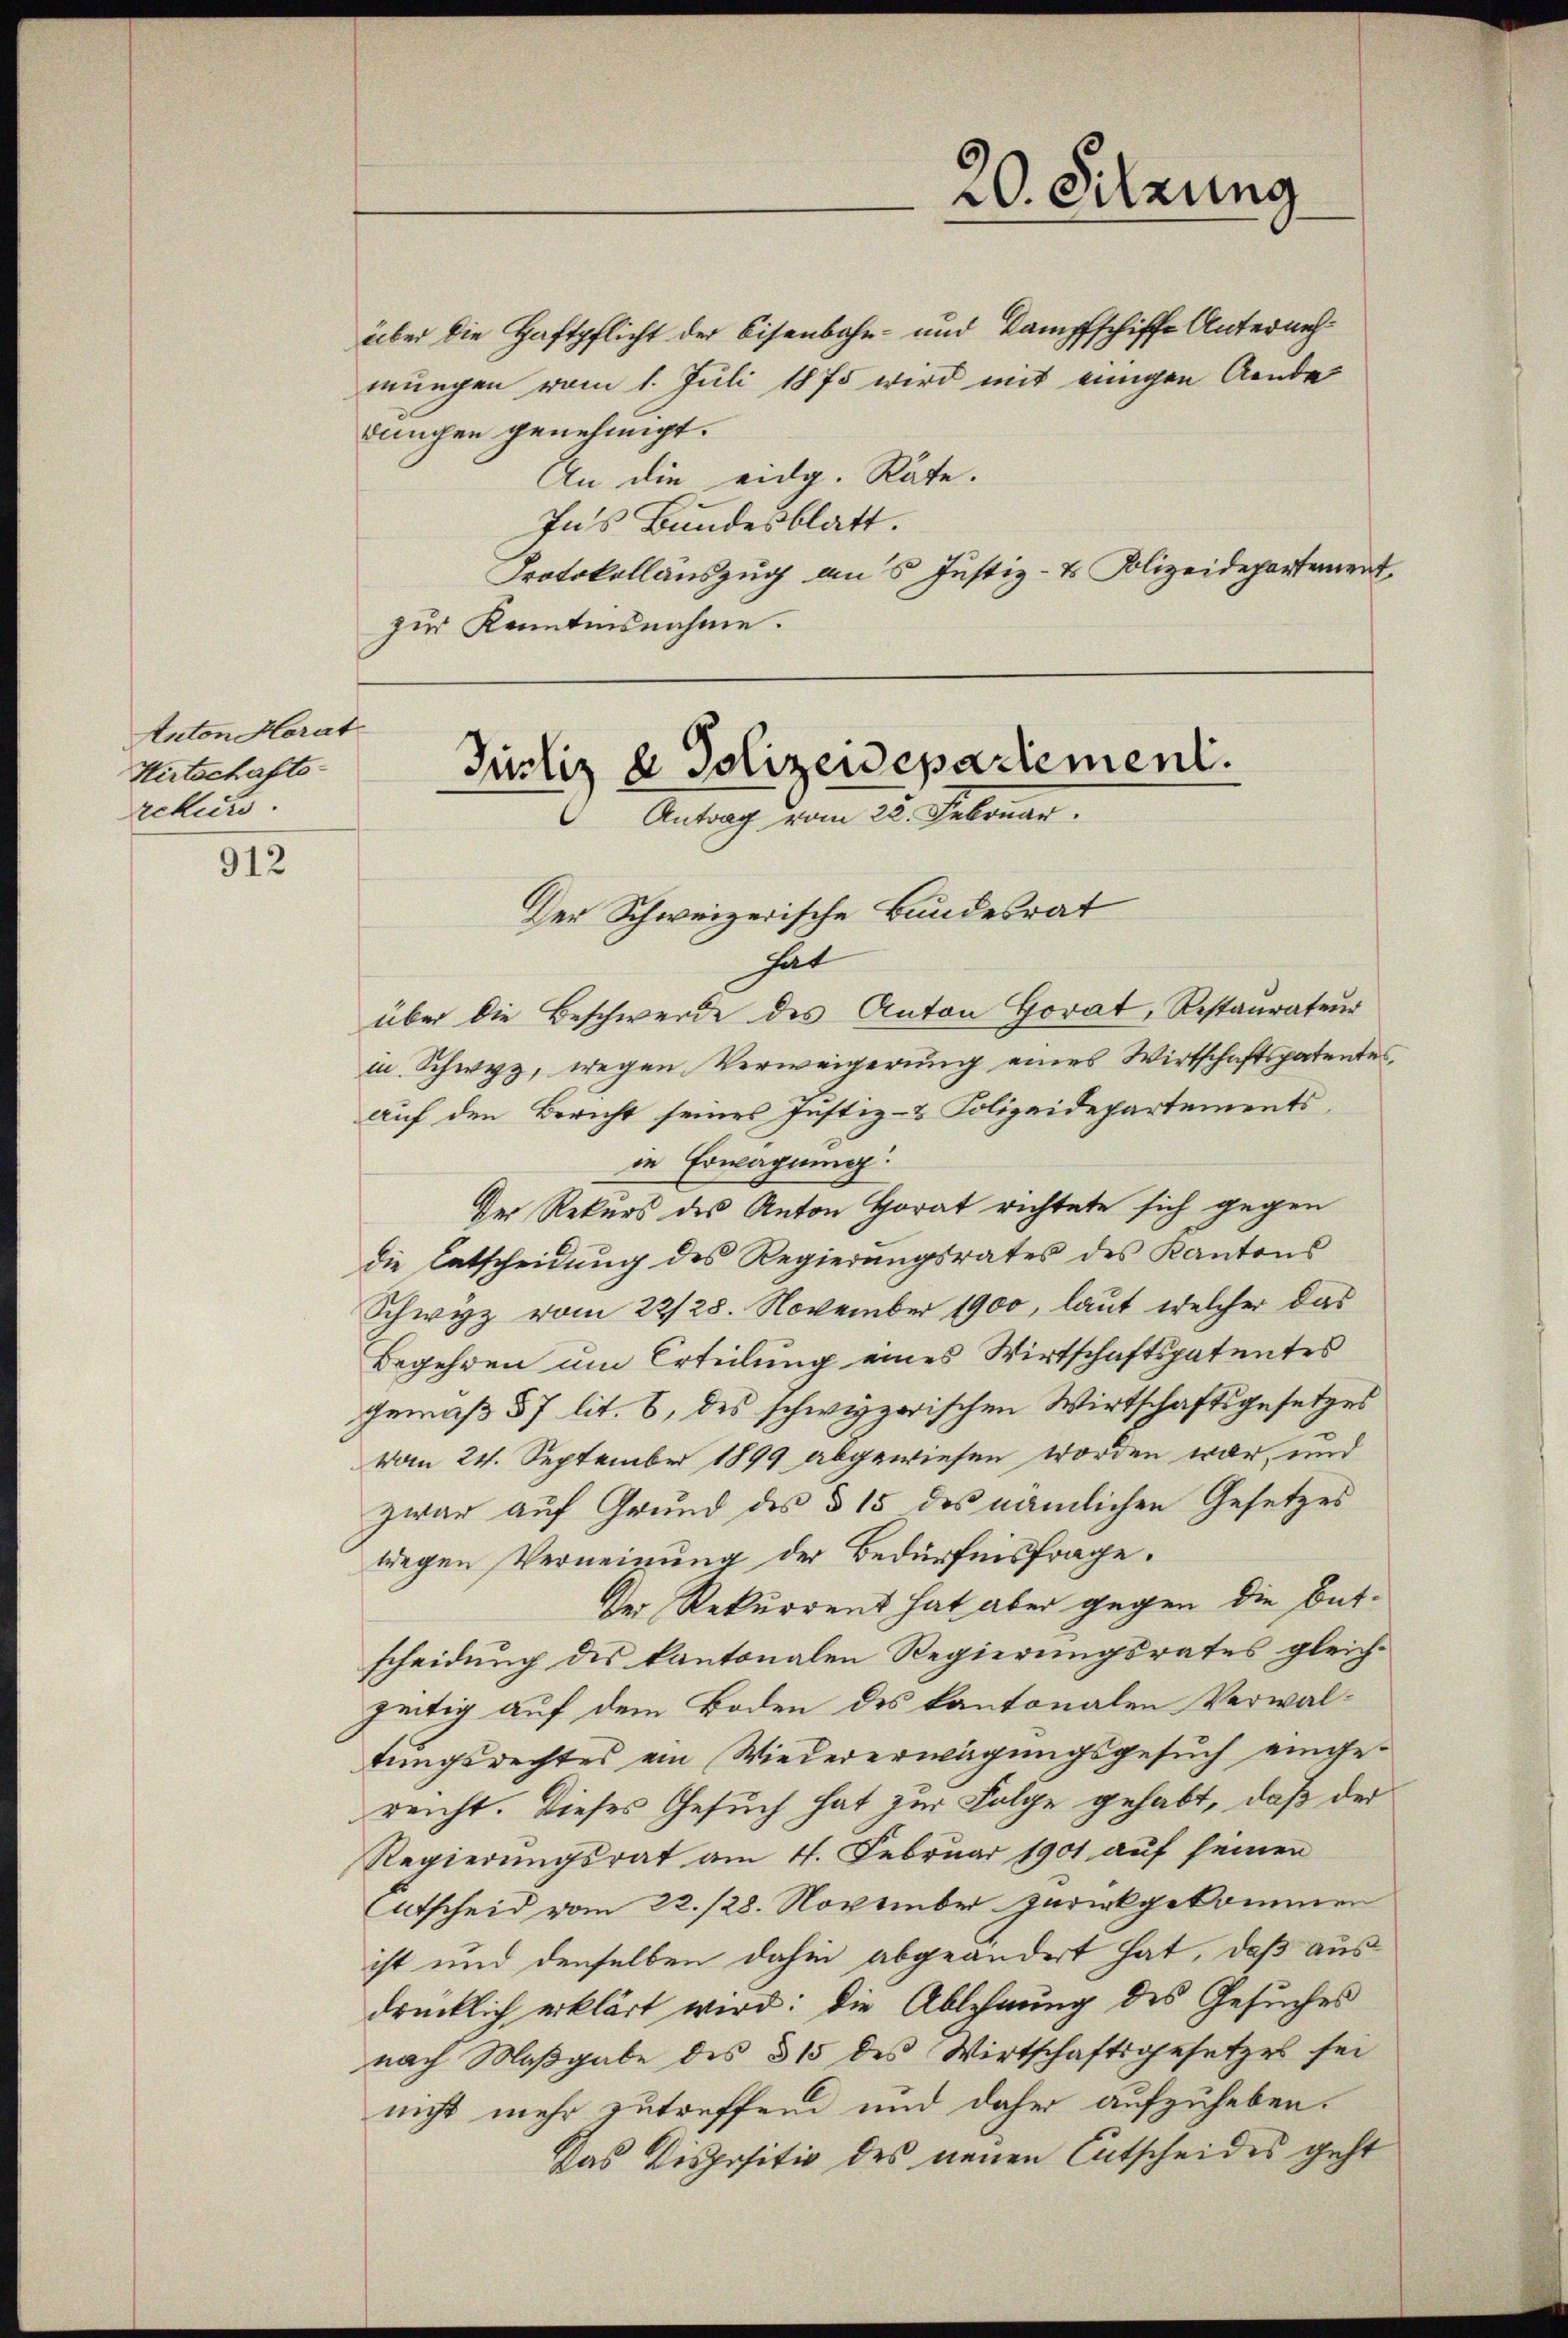
Anton Horat
Wirtschafts-
rekurs.

912

über die Haftpflicht der Eisenbahn- und Kampfschiffe Unternehmungen vom 1. Juli 1875 wird mit einigen Aende
dungen genehmigt.
An die eidg. Rate.
Ins Bundesblatt.
Protokollauszug aus Justiz- & Polizeidepartement
zur Kenntnisnahme.

20. Setzung

Justiz & Polizeidepartement.
Antrag vom 22. Februar.

Der Schweizerische Bundesrat
hat
über die Beschwerde des Anton Horat, Restaurateur
in Schwyz, wegen Verweigerung eines Wirtschaftspatentes,
auf den Bericht seines Justiz- & Polizeidepartements
in Erwägung:
Der Rekurs des Anton Horat richtete sich gegen
die Entscheidung des Regierungsrates des Kantons
Schwyz vom 22/28. November 1900, laut welcher das
Begehren um Erteilung eines Wirtschaftspatentes
gemäß 57 lit. 8, des schwyzerischen Wirtschaftsgesetzes
vom 24. September 1899 abgewiesen worden war, und
zwar auf Grund des § 15 des nämlichen Gesetzes
liegen Verneinung der Bedürfnisfrage.
Der Rekurrent hat aber gegen die Entscheidung des kantonalen Regierungsrates gleichzeitig auf dem Boden des kantonalen Verwal-
tungsrechtes ein Wiedererwägungsgesuch eingereicht. Dieses Gesuch hat zur Folge gehabt, daß der
Regierungsrat am 4. Februar 1901 auf seinen
Atscheid vom 22. 128. November zurückgekommen
ist und denselben dahin abgeändert hat, daß aus
drücklich erklärt wird: die Ablehnung des Gesuches
nach Maßgabe des § 15 des Wirtschaftsgesetzes sei
nicht mehr zutreffend und daher aufzuheben.
das Dispositiv des neuen Entscheides geht